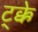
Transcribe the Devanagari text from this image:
ट्क्के